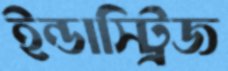
ইন্ডাস্ট্রিজ